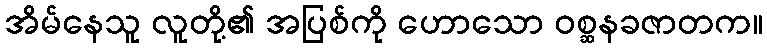
အိမ်နေသူ လူတို့၏ အပြစ်ကို ဟောသော ဝစ္ဆနခဇာတက။